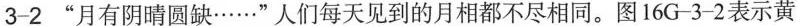
3-2”月有阴晴圆缺……”人们每天见到的月相都不尽相同。图16G-3-2表示黄